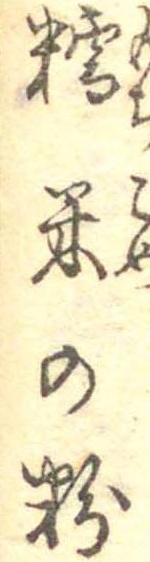
糯米の粉